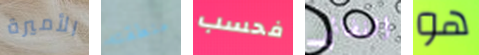
الأميرة منطقته فحسب الفضائي هو